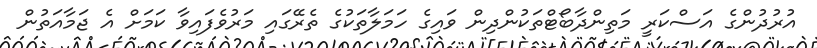
އުރުދުންގެ އަސްކަރީ މަތިންދާބޯޓްތަކުންދިން ވައިގެ ހަމަލާތަކުގެ ތެރޭގައި މަރުވެފައިވާ ކަމަށް އެ ޖަމާއަތުން